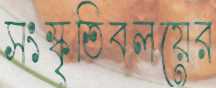
সংস্কৃতিবলয়ের